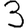
Digit: 3